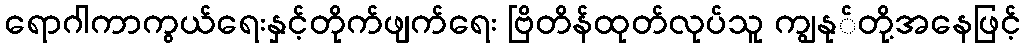
ရောဂါကာကွယ်ရေးနှင့်တိုက်ဖျက်ရေး ဗြိတိန်ထုတ်လုပ်သူ ကျွနု်တို့အနေဖြင့်